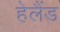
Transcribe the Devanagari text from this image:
हेलैंड